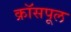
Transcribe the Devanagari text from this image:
क्रॉसपूल